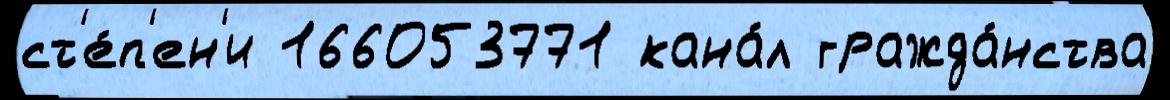
ст'е́п'ен'и 166053771 кана́л гражда́нства